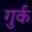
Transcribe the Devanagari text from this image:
गुर्क